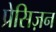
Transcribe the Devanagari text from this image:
प्रेसिज़न